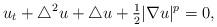
LaTeX: \begin{align*} u_t + \triangle^2u+\triangle u +\tfrac{1}{2}|\nabla u|^p=0,\end{align*}